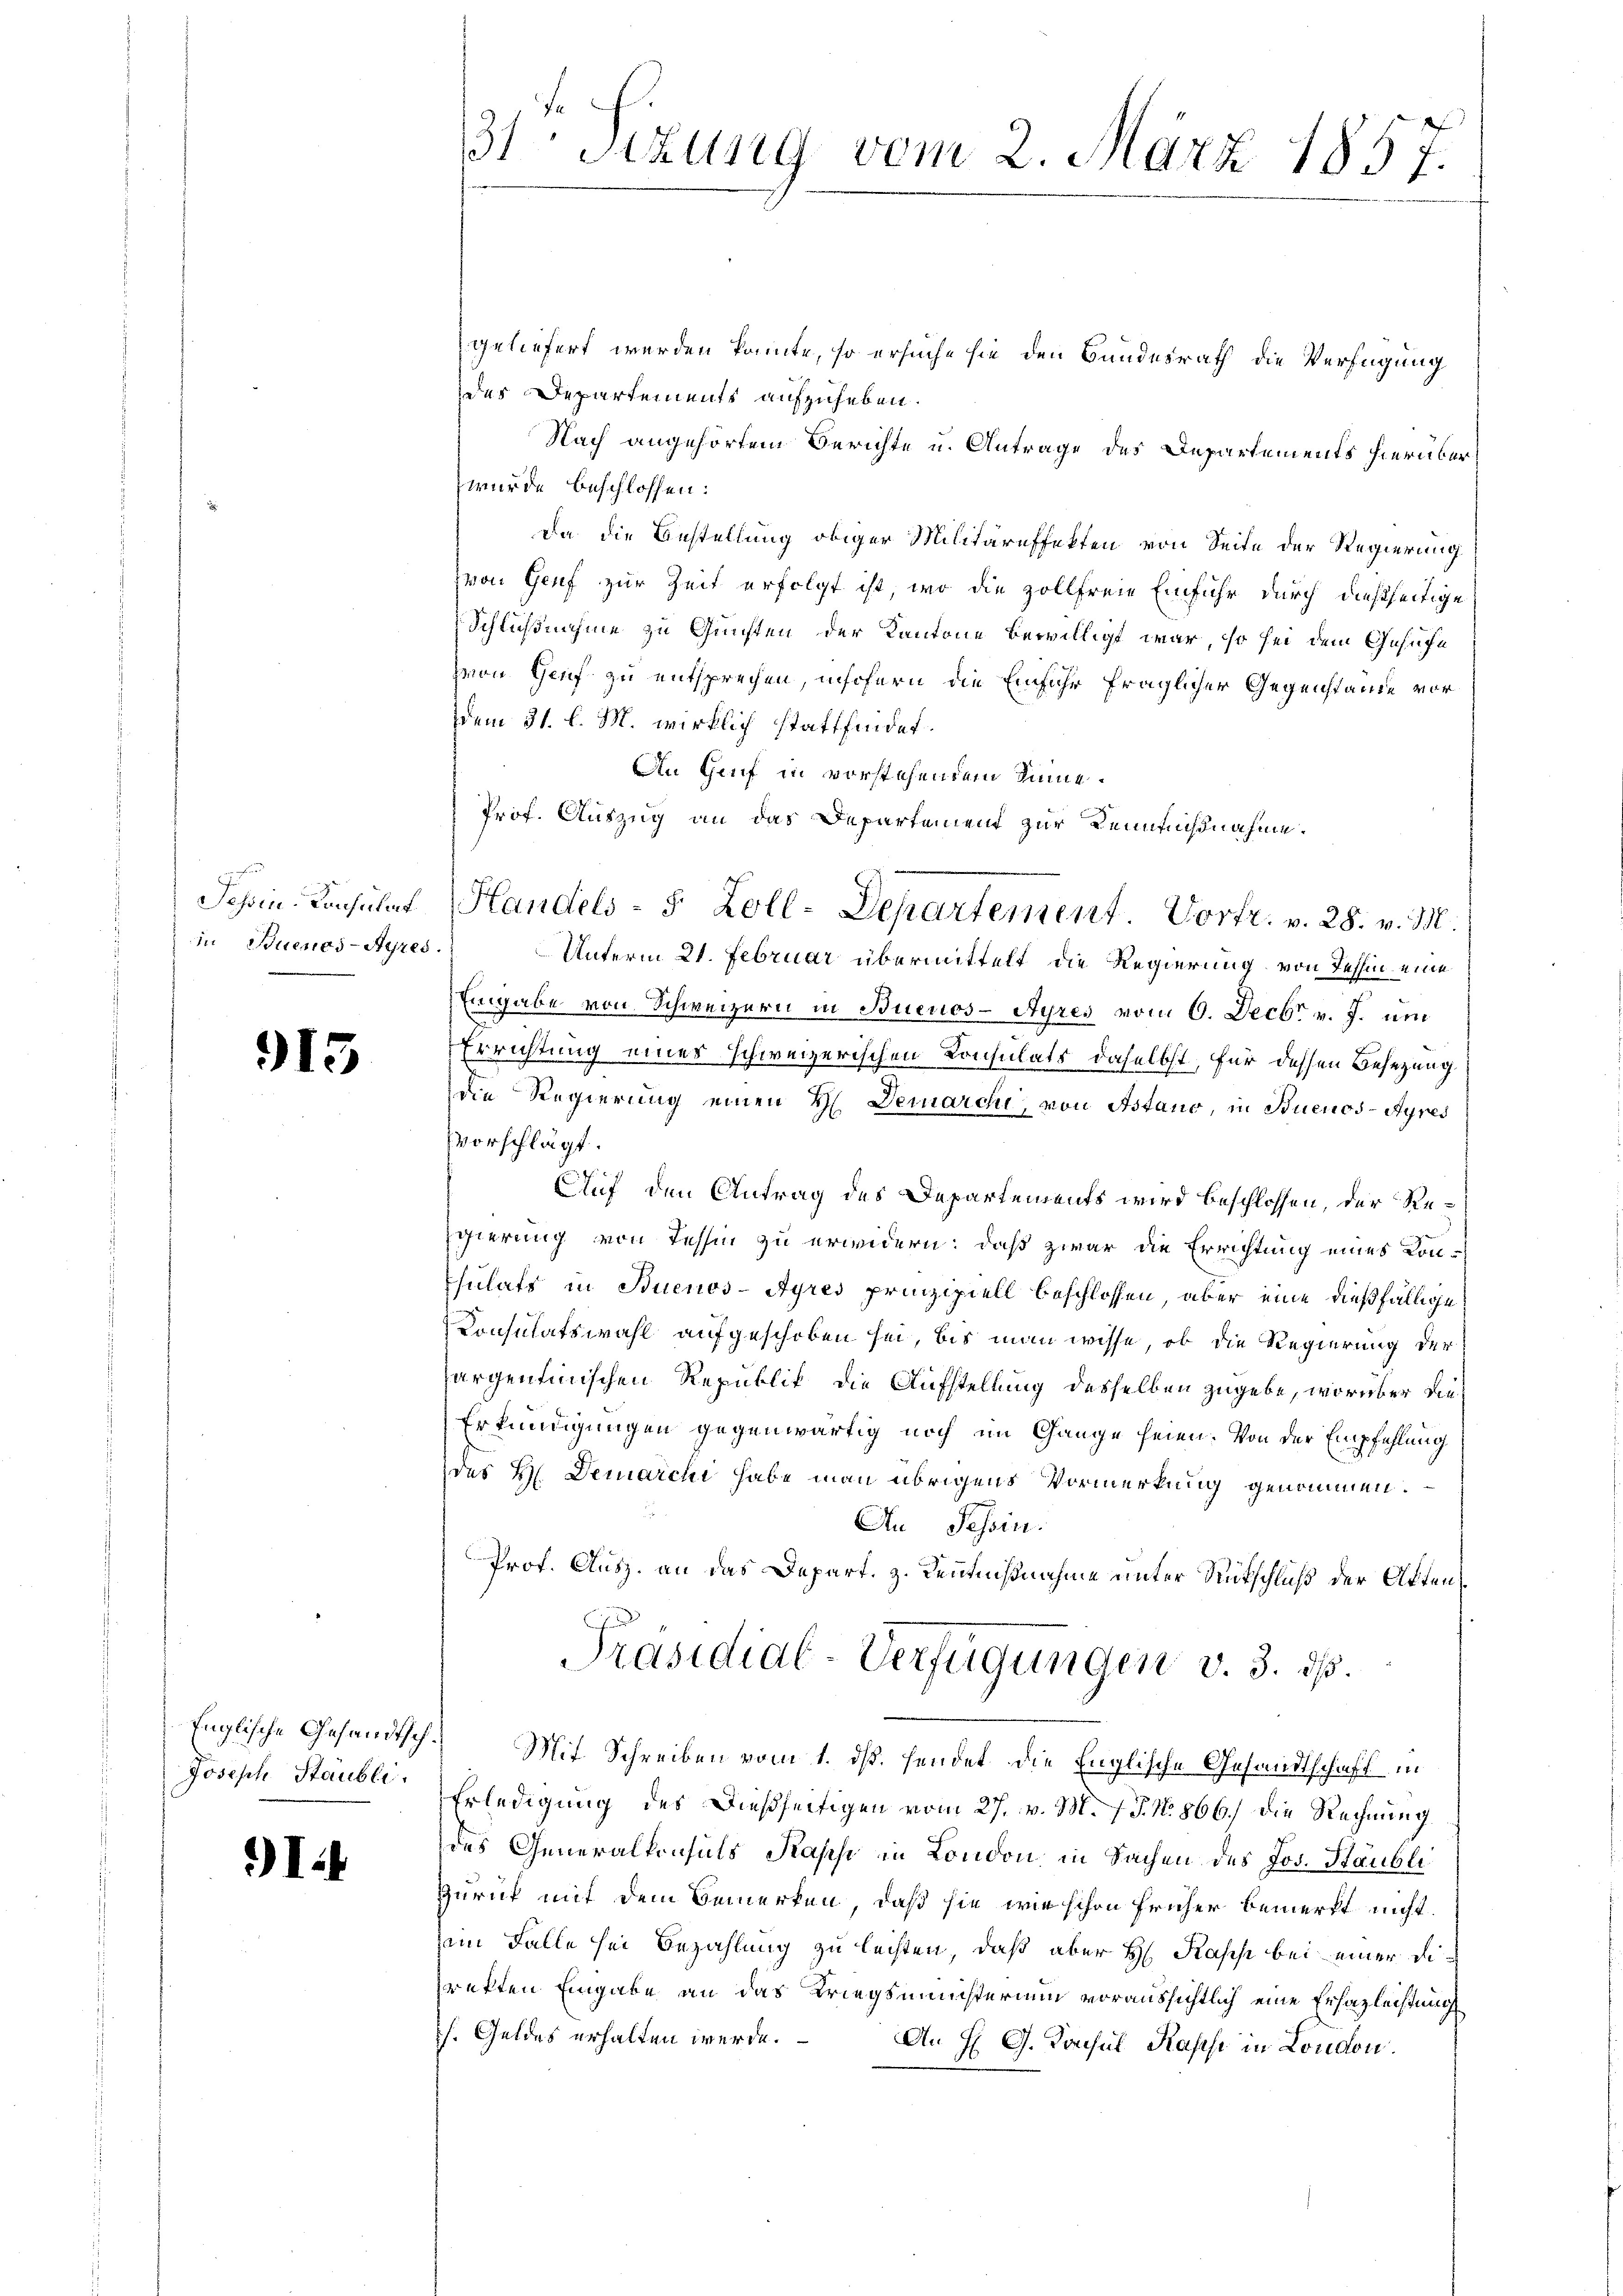
Sehoin-Konsulat
in Buenos-Ayres.

915

Englische Gesandtsch¬
Joseph Staubli

I.

31ten Sizung vom 2. März 1857.

geliefert werden könnte, so ersuche sie den Bundesrath die Verfügung
des Departements aufzuheben.
Nach angehörtem Berichte u. Antrage des Departements hierüber
wurde beschlossen:
Da die Bestellung obiger Militäreffekten von Seite der Regierung
von Genf zur Zeit erfolgt ist, wo die zollfreie Einfuhr durch dießseitige
Schlußnahme zu Gunsten der Kantone bewilligt war, so sei dem Gesuche
von Genf zu entsprechen, insofern die Einfuhr fraglicher Gegenstände vor
dem 31. l. M. wirklich stattfindet.
An Genf in vorstehendem Sinne¬
Prof. Auszug an das Departement zur Kenntnißnahme.
Unterm 21. Februar übermittelt die Regierung von Tessin eine
Eingabe von Schweizern in Buenos-Ayres vom 6. Decbr. v. J. um
Errichtung einer schweizerischen Consulats daselbst, für dessen Besetzung
die Regierung einen H. Demarchi, von Astano, in Buenos-Ayres
vorschlägt.
Auf den Antrag des Departements wird beschlossen, der Re¬
Egierung von Tessin zu erwidern: daß zwar die Errichtung eines Konsulats in Buenos-Ayres prinzipiell beschlossen, aber eine dießfällige
Consulatswahl aufgeschoben sei, bis man wisse, ob die Regierung der
hargentinischen Republik, die Aufstellung desselben zugebe, worüber die¬
Erkundigungen gegenwärtig noch im Gange seien. Von der Empfehlung
des H. Demarcii habe man übrigens Vormerkung genommen.
An Tessin.
Prof. Ausz. an das Depart. z. Kenntnißnahme unter Rutschluß der Acten¬
Präsidial-Verfügungen v. 3. ds.
Mit Schreiben vom 1. ds. sendet die Englische Gesandtschaft in
Erledigung des Dießseitigen vom 27. v. M. J. J. N. 866.) Die Rechnung
des Generalkonsuls Passi in London in Sachen des Jos. Staubli
Zürich mit dem Bemerken, daß sie wie schon früher bemerkt nicht.
sein Falle sei Bezahlung zu leisten, daß aber H. Rasse bei einer Diretten Eingabe an das Kriegsministerium voraussichtlich eine Erhazleistung
s. Geldes erhalten werde.
An H. G. Konsul Kasse in London.

Handels- 5 Zoll-Departement Vortr. v. 28. v. M